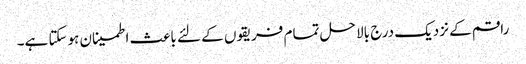
راقم کے نزدیک درج بالا حل تمام فریقوں کے لئے باعث اطمینان ہوسکتا ہے۔